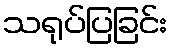
သရုပ်ပြခြင်း